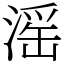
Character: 滛